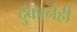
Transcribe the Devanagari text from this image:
दुकानेही